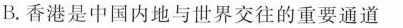
B.香港是中国内地与世界交往的重要通道